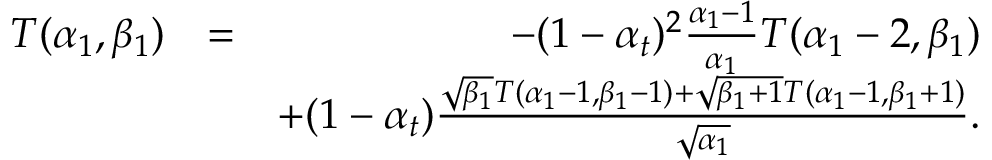
\begin{array} { r l r } { T ( \alpha _ { 1 } , \beta _ { 1 } ) } & { = } & { - ( 1 - \alpha _ { t } ) ^ { 2 } \frac { \alpha _ { 1 } - 1 } { \alpha _ { 1 } } T ( \alpha _ { 1 } - 2 , \beta _ { 1 } ) } \\ & { } & { + ( 1 - \alpha _ { t } ) \frac { \sqrt { \beta _ { 1 } } T ( \alpha _ { 1 } - 1 , \beta _ { 1 } - 1 ) + \sqrt { \beta _ { 1 } + 1 } T ( \alpha _ { 1 } - 1 , \beta _ { 1 } + 1 ) } { \sqrt { \alpha _ { 1 } } } . } \end{array}